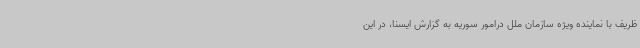
ظریف با نماینده ویژه سازمان ملل درامور سوریه به گزارش ایسنا، در این